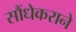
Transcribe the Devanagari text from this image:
सौंधेकराने